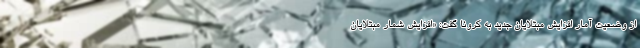
از وضعیت آمار افزایش مبتلایان جدید به کرونا گفت: «افزایش شمار مبتلایان